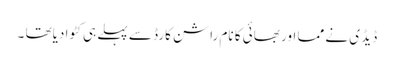
ڈیڈ ی نے مما اور بھائی کا نام راشن کارڈ سے پہلے ہی کٹوا دیاتھا ۔